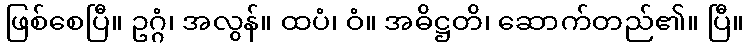
ဖြစ်စေပြီ။ ဥဂ္ဂံ၊ အလွန်။ ထပံ၊ ဝံ။ အဓိဋ္ဌတိ၊ ဆောက်တည်၏။ ပြီ။